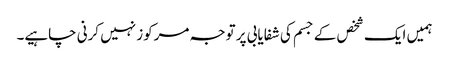
ہمیں ایک شخص کے جسم کی شفایابی پر توجہ مرکوز نہیں کرنی چاہیے۔